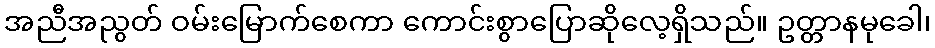
အညီအညွတ် ဝမ်းမြောက်စေကာ ကောင်းစွာပြောဆိုလေ့ရှိသည်။ ဥတ္တာနမုခေါ၊